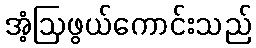
အံ့ဩဖွယ်ကောင်းသည်